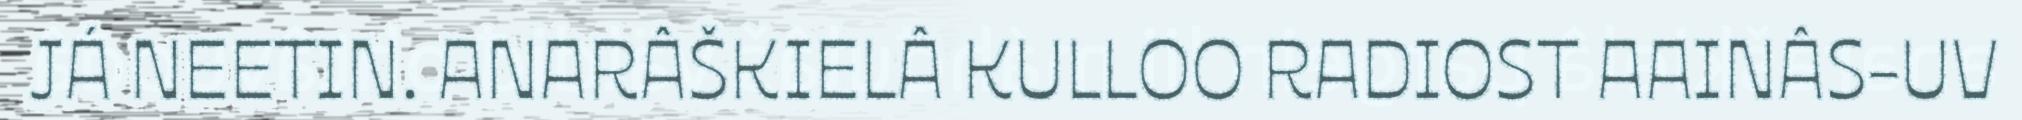
JÁ NEETIN. ANARÂŠKIELÂ KULLOO RADIOST AAINÂS-UV